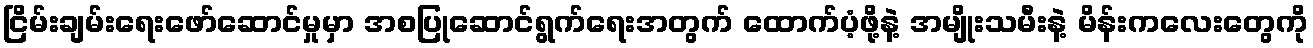
ငြိမ်းချမ်းရေးဖော်ဆောင်မှုမှာ အစပြုဆောင်ရွက်ရေးအတွက် ထောက်ပံ့ဖို့နဲ့ အမျိုးသမီးနဲ့ မိန်းကလေးတွေကို